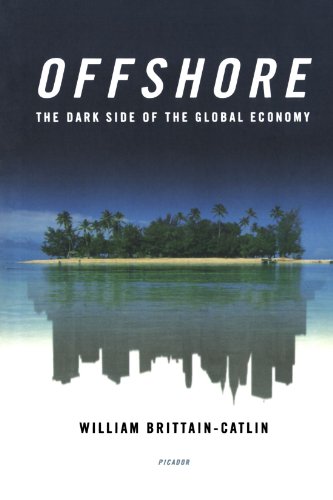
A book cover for Offshore: The Dark Side of the Global Economy; William Brittain-Catlin; Law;